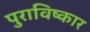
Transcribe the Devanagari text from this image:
पुराविष्कार